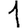
Digit: 1